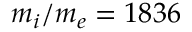
m _ { i } / m _ { e } = 1 8 3 6